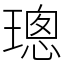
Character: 璁